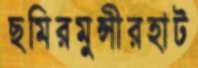
ছমিরমুন্সীরহাট